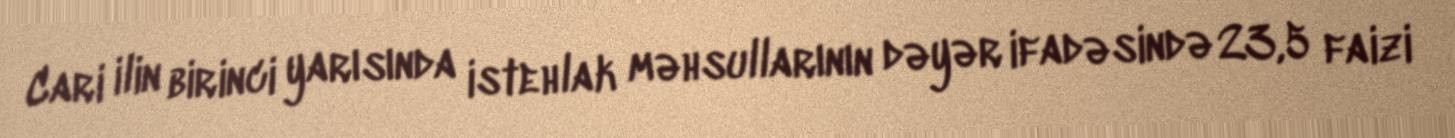
Cari ilin birinci yarısında istehlak məhsullarının dəyər ifadəsində 23,5 faizi